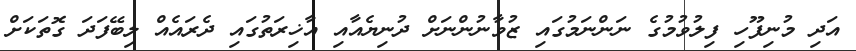
އަދި މުނިފޫހި ފިލުވުމުގެ ނަންނަމުގައި ޒުވާނުންނަށް ދުނިޔެއާއި އާޚިރަތުގައި ދެރައެއް ލިބޭފަދަ ގޮތަކަށް